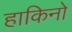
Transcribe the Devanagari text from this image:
हाकिनो